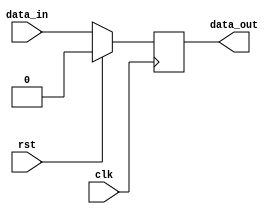
`timescale 1ns / 1ps
//////////////////////////////////////////////////////////////////////////////////
// Company: 
// Engineer: 
// 
// Design Name: 
// Module Name: register
// Project Name: 
// Target Devices: 
// Tool Versions: 
// Description: 
// 
// Dependencies: 
// 
// Revision:
// Revision 0.01 - File Created
// Additional Comments:
// 
//////////////////////////////////////////////////////////////////////////////////


module reg_bit(
input clk,
input rst,
input data_in,
output reg data_out
    );
    
 always@(posedge clk)begin
     if (rst) begin
        data_out <= 1'b0;
     end else begin
        data_out <= data_in;
     end
 end
endmodule